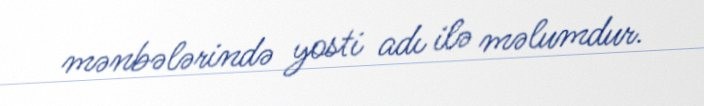
mənbələrində yosti adı ilə məlumdur.